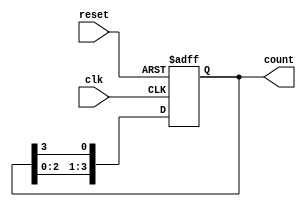
module ring_counter #(parameter N = 4) (
    input wire clk,        // Clock signal
    input wire reset,      // Asynchronous reset signal
    output reg [N-1:0] count // Output state of the ring counter
);

    // Initial state
    initial begin
        count = 1'b1; // Start with first flip-flop set to '1'
    end

    // Sequential logic for the ring counter
    always @(posedge clk or posedge reset) begin
        if (reset) begin
            // On reset, initialize the counter
            count <= 1'b1; // Reset to '0001'
        end else begin
            // Shift the '1' bit around the ring
            count <= {count[N-2:0], count[N-1]}; // Circular shift
        end
    end

endmodule